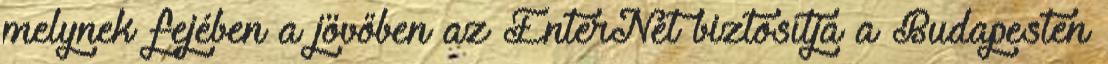
melynek fejében a jövőben az EnterNet biztosítja a Budapesten